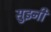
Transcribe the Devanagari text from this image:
सुइनी